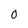
Character: 0